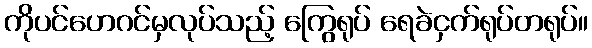
ကိုပင်ဟေဂင်မှလုပ်သည့် ကြွေရုပ် ရေခဲငှက်ရုပ်တရုပ်။